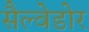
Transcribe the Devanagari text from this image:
सैल्वेडोर